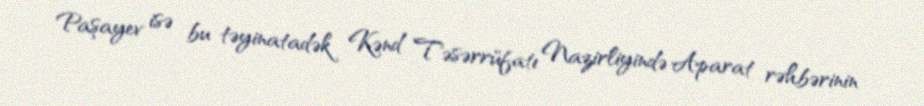
Paşayev isə bu təyinatadək Kənd Təsərrüfatı Nazirliyində Aparat rəhbərinin